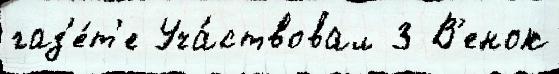
газ'е́т'е Уча́ствовал 3 В'енок